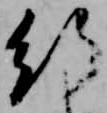
行